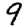
Digit: 9